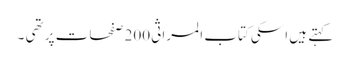
کہتے ہیں اسکی کتاب المراثی 200 صفحات پر تھی ۔